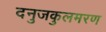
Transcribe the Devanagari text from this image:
दनुजकुलमरण